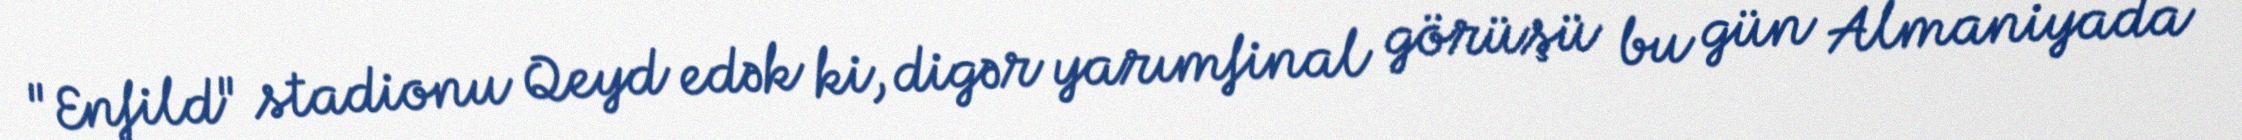
"Enfild" stadionu Qeyd edək ki, digər yarımfinal görüşü bu gün Almaniyada